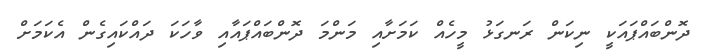
ދޮންބައްޕައަކީ ނިކަން ރަނގަޅު މީހެއް ކަމަށާއި މަންމަ ދޮންބައްޕައާއި ވާހަކަ ދައްކައިގެން އެކަމަށް